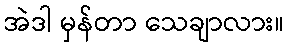
အဲဒါ မှန်တာ သေချာလား။